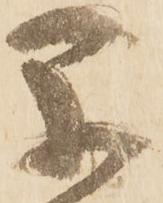
早